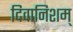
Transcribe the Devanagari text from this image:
दिवानिशम्